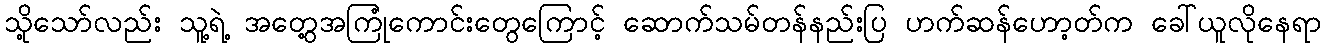
သို့သော်လည်း သူ့ရဲ့ အတွေ့အကြုံကောင်းတွေကြောင့် ဆောက်သမ်တန်နည်းပြ ဟက်ဆန်ဟော့တ်က ခေါ်ယူလိုနေရာ